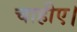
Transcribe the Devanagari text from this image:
चाहीए।